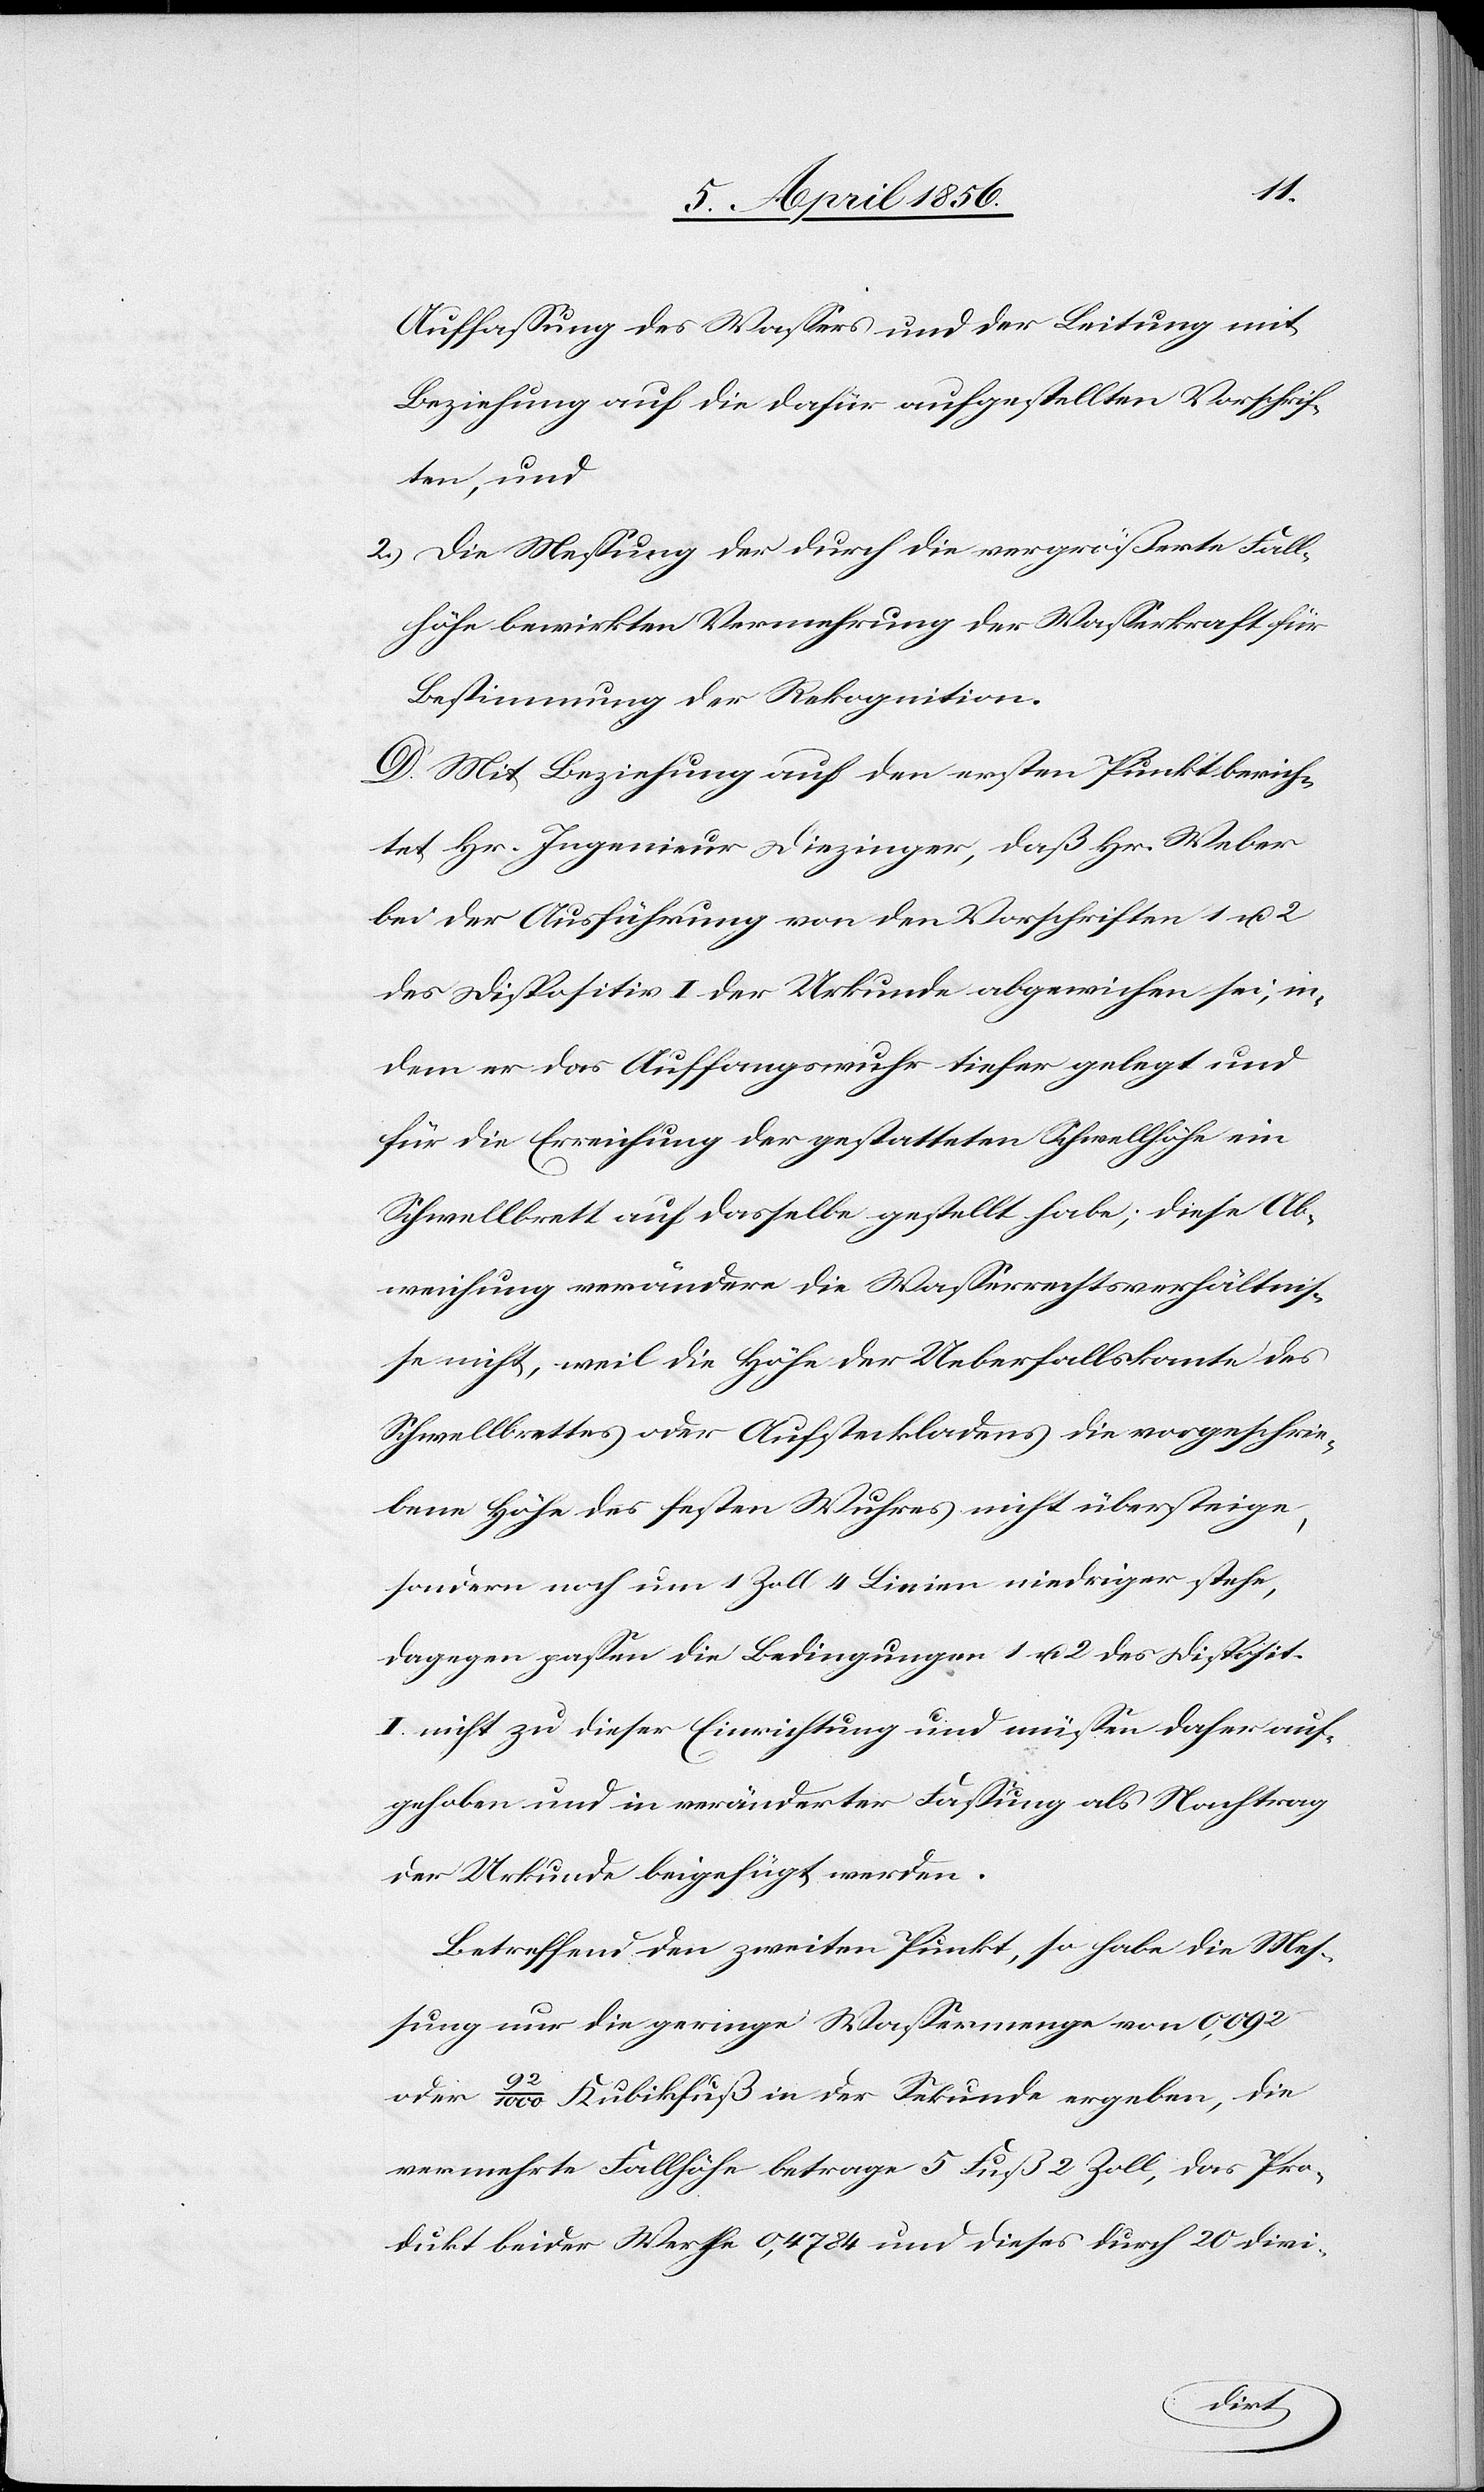
Auffassung des Wassers und der Leitung mit
Beziehung auf die dafür aufgestellten Vorschrif¬
ten, und
2., Die Meßung der durch die vergrößerte Fall¬
höhe bewirkten Vermehrung der Wasserkraft für
Bestimmung der Rekognition.
D. Mit Beziehung auf den ersten Punkt berich¬
tet Hr. Ingenieur Diezinger, daß Hr. Weber
bei der Ausführung von den Vorschriften 1 u. 2
des Dispositiv I der Urkunde abgewichen sei, in¬
dem er das Auffangswuhr tiefer gelegt und
für die Erreichung der gestatteten Schwellhöhe ein
Schwellbrett auf dasselbe gestellt habe; diese Ab¬
weichung verändere die Wasserrechtsverhältnis¬
se nicht, weil die Höhe der Ueberfallskante des
Schwellbrettes oder Aufsteckladens die vorgeschrie¬
bene Höhe des festen Wuhres nicht übersteige,
sondern noch um 1 Zoll 4 Linien niedriger stehe,
dagegen passen die Bedingungen 1 u. 2 des Disposit.
I. nicht zu dieser Einrichtung und müssen daher auf¬
gehoben und in veränderter Fassung als Nachtrag
der Urkunde beigefügt werden.
Betreffend den zweiten Punkt, so habe die Mes¬
sung nur die geringe Wassermenge von 0,092
oder 92/1000 Kubikfuß in der Sekunde ergeben, die
vermehrte Fallhöhe betrage 5 Fuß 2 Zoll, das Pro¬
dukt beider Werthe 0,4784 und dieses durch 20 divi-